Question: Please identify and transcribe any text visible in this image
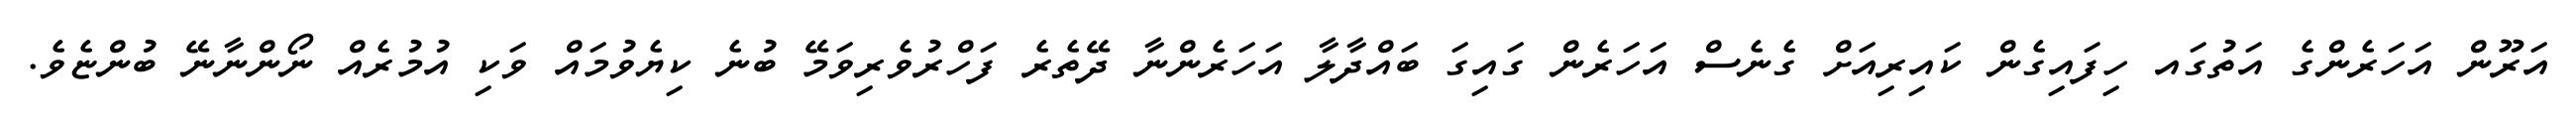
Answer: އަރޫން އަހަރެންގެ އަތުގައ ހިފައިގެން ކައިރިއަށް ގެނެސް އަހަރެން ގައިގަ ބައްދާލާ އަހަރެންނާ ދޭތެރެ ފަހްރުވެރިވަމޭ ބުނެ ކިޔެވުމައް ވަކި އުމުރެއް ނޯންނާނޭ ބުންޏެވެ.